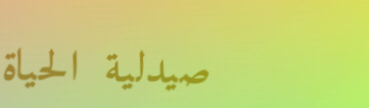
صيدلية الحياة